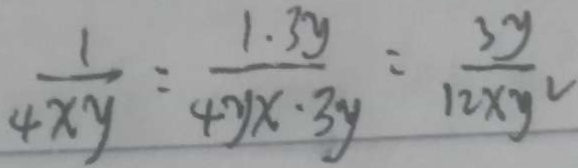
\frac { 1 } { 4 x y } = \frac { 1 . 3 y } { 4 y x \cdot 3 y } = \frac { 3 y } { 1 2 x y }